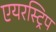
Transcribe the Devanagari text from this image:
एयरस्ट्रिप